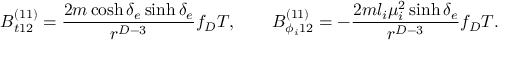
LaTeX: B _ { t 1 2 } ^ { ( 1 1 ) } = { \frac { 2 m \cosh \delta _ { e } \sinh \delta _ { e } } { r ^ { D - 3 } } } f _ { D } T , \ \ \ \ \ \ B _ { \phi _ { i } 1 2 } ^ { ( 1 1 ) } = - { \frac { 2 m l _ { i } \mu _ { i } ^ { 2 } \sinh \delta _ { e } } { r ^ { D - 3 } } } f _ { D } T .